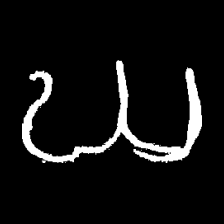
Pyu character \u2014 Myanmar letter: ဃ (romanized: gha)